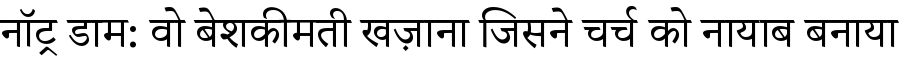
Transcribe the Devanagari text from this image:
नॉट्र डाम: वो बेशकीमती खज़ाना जिसने चर्च को नायाब बनाया